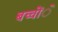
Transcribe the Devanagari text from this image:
बच्चोंे